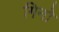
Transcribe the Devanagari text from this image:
गिनो